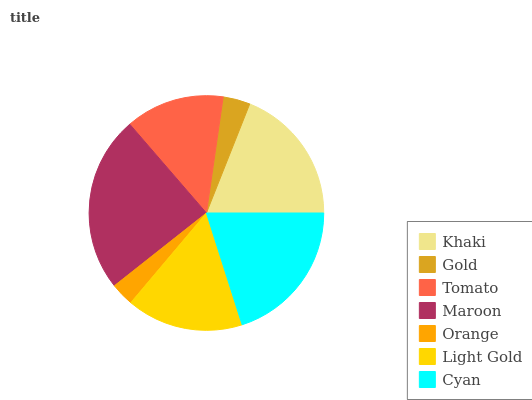
| Khaki | Gold | Tomato | Maroon | Orange | Light Gold | Cyan |
 | --- | --- | --- | --- | --- | --- | --- |
 | 18.9% | 3.74% | 13.6% | 24.4% | 3.2% | 16.1% | 20.1% |